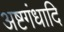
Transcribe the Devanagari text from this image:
अष्टगंधादि